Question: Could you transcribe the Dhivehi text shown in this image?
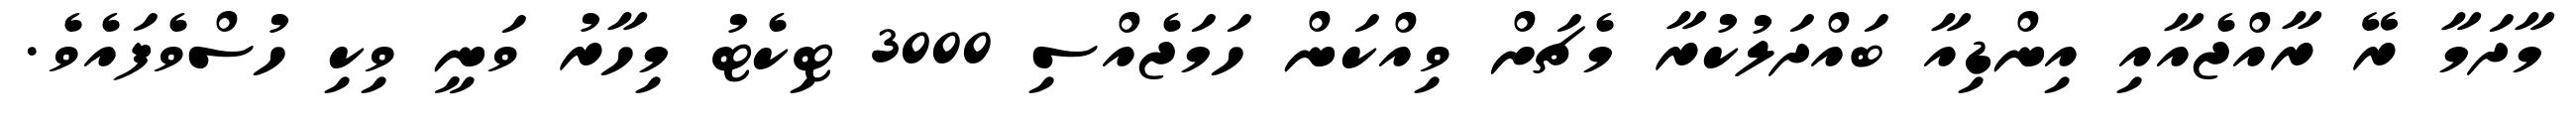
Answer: މާދަމާ ރޭ ރާއްޖެއާއި އިންޑިއާ ބައްދަލުކުރާ މެޗަށް ވިއްކަން ހަމަޖެއްސި 3000 ޓިކެޓު މިހާރު ވަނީ ވިކި ހުސްވެފައެވެ.